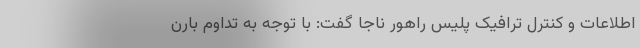
اطلاعات و کنترل ترافیک پلیس راهور ناجا گفت: با توجه به تداوم بارن